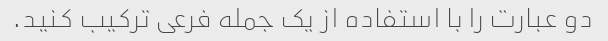
دو عبارت را با استفاده از یک جمله فرعی ترکیب کنید.